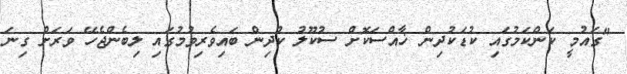
"ގައުމީ ކަންކަމުގައި ކުޑަކުދިން ޚާއްސަކޮށް ސުކޫލު ކުދިން ބައިވެރިވުމުގައި ލިބެންޖެހޭ ވަރަށް ގިނަ